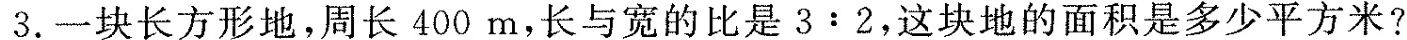
3.一块长方形地，周长400m，长与宽的比是3:2，这块地的面积是多少平方米?